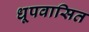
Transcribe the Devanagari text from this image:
धूपवासित